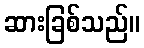
ဆားခြစ်သည်။